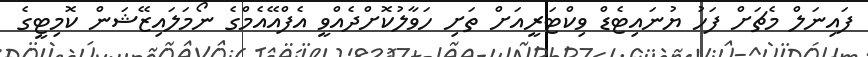
ފައިނަލް މެޗަށް ފަހު ޔުނައިޓެޑް ވިކްޓަރީއަށް ތަށި ހަވާލުކޮށްދެއްވީ އެފްއޭއެމްގެ ނޯމަލައިޒޭޝަން ކޮމިޓީގެ